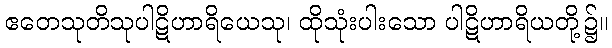
ဧတေသုတိသုပါဋိဟာရိယေသု၊ ထိုသုံးပါးသော ပါဋိဟာရိယတို့၌။